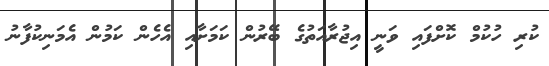
ކުރި ހުކުމް ކޮށްފައި ވަނީ އިޖުރާއަތުގެ ބޭރުން ކަމަށާއި އެހެން ކަމުން އެމަނިކުފާނު